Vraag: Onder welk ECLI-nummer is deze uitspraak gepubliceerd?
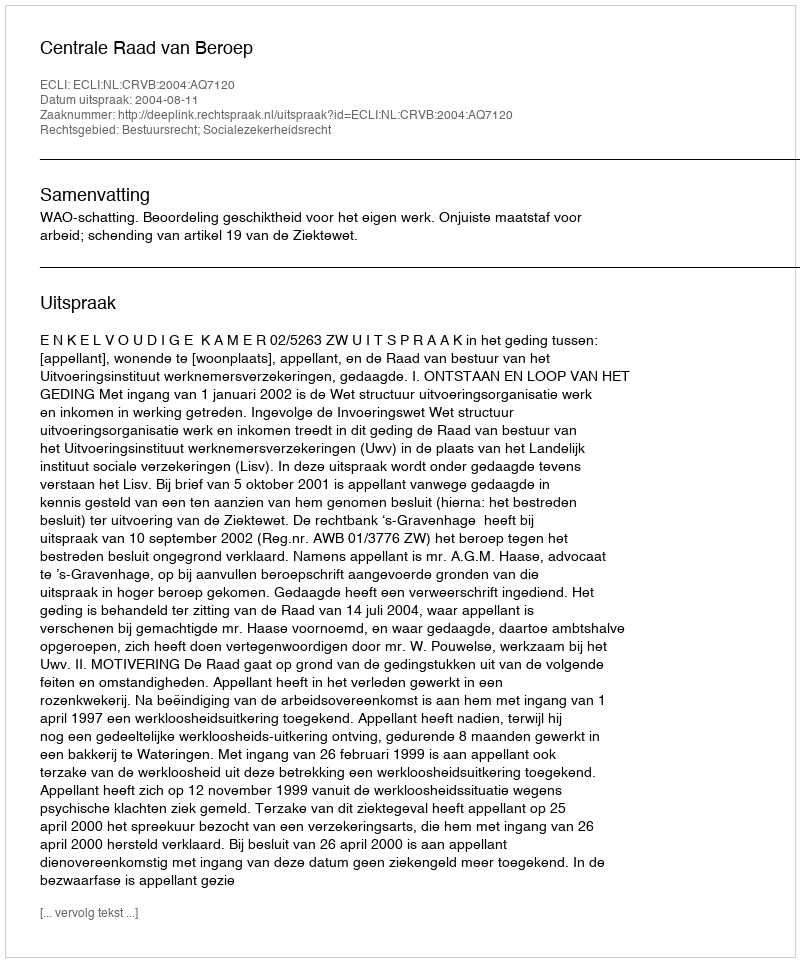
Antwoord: ECLI:NL:CRVB:2004:AQ7120